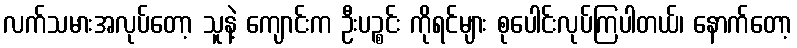
လက်သမားအလုပ်တော့ သူနဲ့ ကျောင်းက ဦးပဉ္စင်း ကိုရင်များ စုပေါင်းလုပ်ကြပါတယ်၊ နောက်တော့